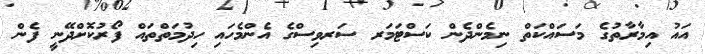
އަައު އިމާރާތުގެ މަސައްކަތް ނިމެންދެން ކަސްޓަމަރ ސަރވިސްގެ އެންމެހައި ހިދުމަތްތައް ފޯރުކޮށްދޭނީ ފެން